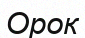
Орок